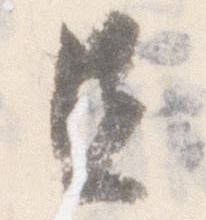
且